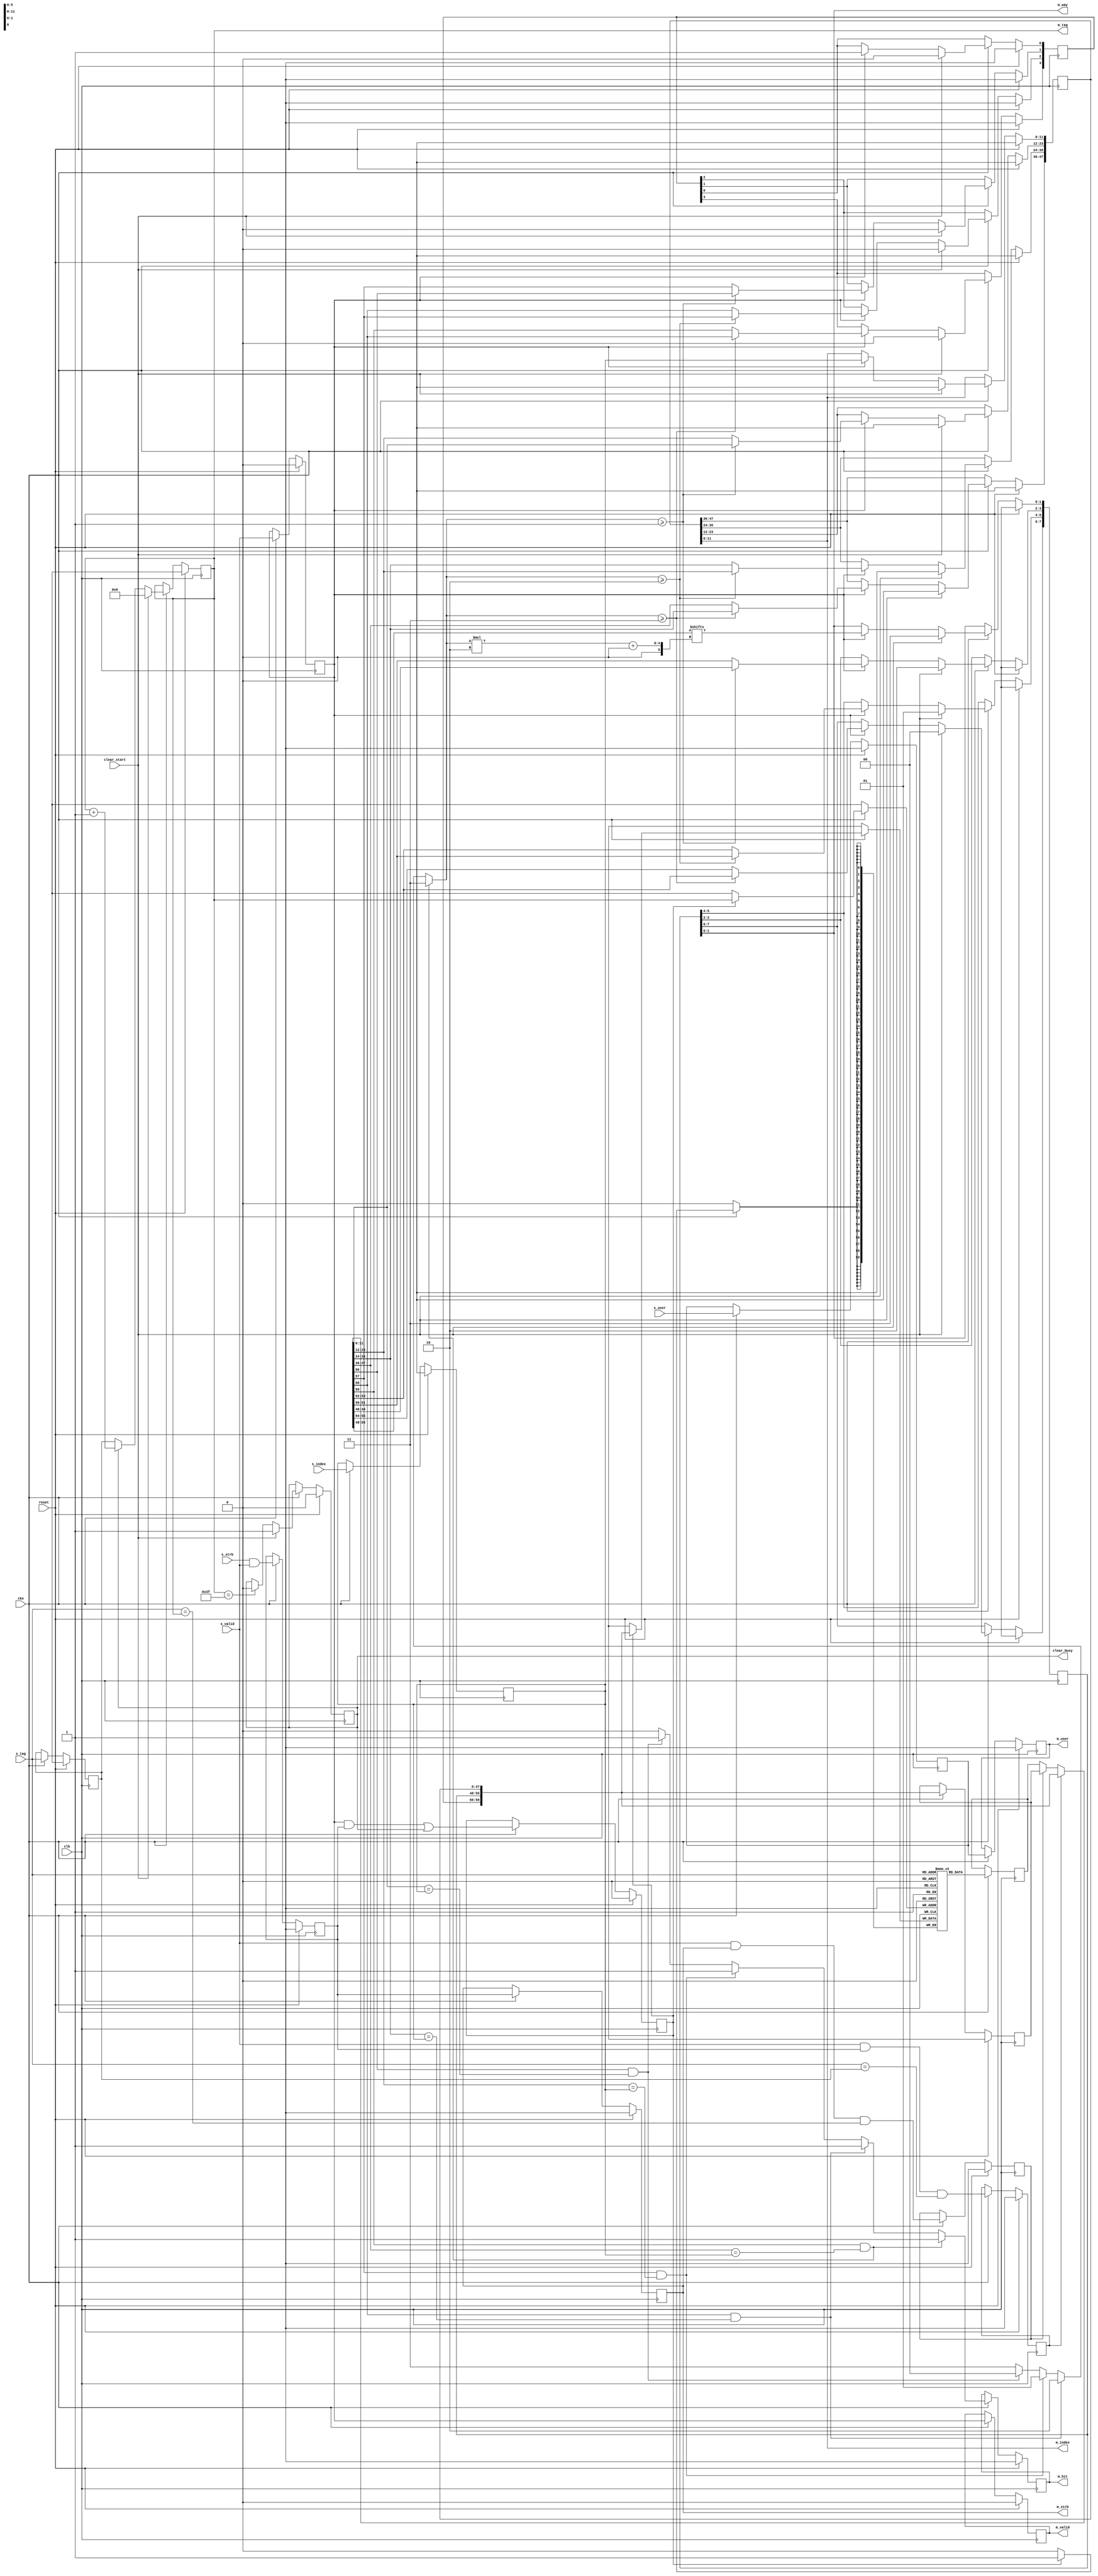
// ---------------------------------------------------------------------------
//  Jelly  -- The platform for real-time computing
//
//                                 Copyright (C) 2008-2018 by Ryuji Fuchikami
//                                 https://github.com/ryuz/jelly.git
// ---------------------------------------------------------------------------



`timescale 1ns / 1ps
`default_nettype none


// read only cache tag (set associative)
module jelly_cache_tag_set_associative
        #(
            parameter   USER_WIDTH  = 0,
            parameter   WAY_NUM     = 4,
            parameter   WAY_WIDTH   = WAY_NUM <=   2 ? 1 :
                                      WAY_NUM <=   4 ? 2 :
                                      WAY_NUM <=   8 ? 3 :
                                      WAY_NUM <=  16 ? 4 :
                                      WAY_NUM <=  32 ? 5 :
                                      WAY_NUM <=  64 ? 6 :
                                      WAY_NUM <= 128 ? 7 : 8,
            parameter   INDEX_WIDTH = 12,
            parameter   TAG_WIDTH   = 6,
            parameter   RAM_TYPE    = "distributed",
            
            // local
            parameter   USER_BITS   = USER_WIDTH > 0 ? USER_WIDTH : 1
        )
        (
            input   wire                            reset,
            input   wire                            clk,
            input   wire                            cke,
            
            input   wire                            clear_start,
            output  wire                            clear_busy,
            
            input   wire    [USER_BITS-1:0]         s_user,
            input   wire    [INDEX_WIDTH-1:0]       s_index,
            input   wire    [TAG_WIDTH-1:0]         s_tag,
            input   wire                            s_strb,
            input   wire                            s_valid,
            
            output  wire    [USER_BITS-1:0]         m_user,
            output  wire    [INDEX_WIDTH-1:0]       m_index,
            output  wire    [WAY_WIDTH-1:0]         m_way,
            output  wire    [TAG_WIDTH-1:0]         m_tag,
            output  wire                            m_hit,
            output  wire                            m_strb,
            output  wire                            m_valid
        );
    
    localparam  MEM_SIZE  = (1 << TAG_WIDTH);
    localparam  MEM_WIDTH = WAY_NUM * (1 + WAY_WIDTH + INDEX_WIDTH);
    
    genvar                          i;
    integer                         j;
    
    // initial data
    wire    [WAY_NUM*WAY_WIDTH-1:0] ini_way;
    generate
    for ( i = 0; i < WAY_NUM; i = i+1 ) begin : loop_ini_way
        assign ini_way[i*WAY_WIDTH +: WAY_WIDTH] = (WAY_NUM-1)-i;
    end
    endgenerate
    wire    [MEM_WIDTH-1:0]             ini_mem = {{WAY_NUM{1'b0}}, ini_way, {(WAY_NUM*INDEX_WIDTH){1'bx}}};
    

    // pipeline
    wire    [USER_BITS-1:0]             st0_user   = s_user;
    wire    [INDEX_WIDTH-1:0]           st0_index  = s_index;
    wire    [TAG_WIDTH-1:0]             st0_tag    = s_tag;
    wire                                st0_strb   = s_strb;
    wire                                st0_valid  = s_valid;
    
    reg                                 st1_fw_st2;
    reg                                 st1_fw_st3;
    reg     [USER_BITS-1:0]             st1_user;
    reg     [INDEX_WIDTH-1:0]           st1_index;
    reg     [TAG_WIDTH-1:0]             st1_tag;
    reg                                 st1_strb;
    reg                                 st1_valid;
    
    reg     [MEM_WIDTH-1:0]             st1_dout;
    reg     [MEM_WIDTH-1:0]             st1_rdata;
    wire    [WAY_NUM-1:0]               st1_cache_valid;
    wire    [WAY_NUM*WAY_WIDTH-1:0]     st1_cache_way;
    wire    [WAY_NUM*INDEX_WIDTH-1:0]   st1_cache_index;
    reg                                 st1_hit;
    reg     [WAY_WIDTH-1:0]             st1_pos;
    
    reg     [USER_BITS-1:0]             st2_user;
    reg                                 st2_we = 1'b0;
    reg     [WAY_NUM-1:0]               st2_cache_valid;
    reg     [WAY_NUM*WAY_WIDTH-1:0]     st2_cache_way;
    reg     [WAY_NUM*INDEX_WIDTH-1:0]   st2_cache_index;
    reg                                 st2_clear;
    reg     [TAG_WIDTH-1:0]             st2_tag;
    reg                                 st2_hit;
    reg                                 st2_strb;
    reg                                 st2_valid;
    
    wire    [MEM_WIDTH-1:0]             st2_data = {st2_cache_valid, st2_cache_way, st2_cache_index};
    
    reg     [MEM_WIDTH-1:0]             st3_data;
    
    
    // fowarding
    always @* begin
        st1_rdata = st1_dout;
        if ( st1_fw_st3 ) begin st1_rdata = st3_data; end
        if ( st1_fw_st2 ) begin st1_rdata = st2_data; end
    end
    
    assign  {st1_cache_valid, st1_cache_way, st1_cache_index} = st1_rdata;
    
    
    // hit test
    always @* begin
        st1_hit = 1'b0;
        st1_pos = WAY_NUM-1;
        for ( j = 0; j < WAY_NUM; j = j+1 ) begin
            if ( st1_cache_valid[j] && (st1_cache_index[j*INDEX_WIDTH +: INDEX_WIDTH] == st1_index) ) begin
                st1_hit = 1'b1;
                st1_pos = j;
            end
        end
    end
    
    
    // pipeline
    always @(posedge clk) begin
        if ( reset ) begin
            st1_fw_st2      <= 1'bx;
            st1_fw_st3      <= 1'bx;
            st1_user        <= {USER_BITS{1'bx}};
            st1_index       <= {INDEX_WIDTH{1'bx}};
            st1_tag         <= {TAG_WIDTH{1'bx}};
            st1_strb        <= 1'bx;
            st1_valid       <= 1'b0;
            
            st2_we          <= 1'b0;
            st2_cache_valid <= {WAY_NUM{1'bx}};
            st2_cache_way   <= {(WAY_NUM*WAY_WIDTH){1'bx}};
            st2_cache_index <= {(WAY_NUM*INDEX_WIDTH){1'bx}};
            st2_user        <= {USER_BITS{1'bx}};
            st2_clear       <= 1'b0;
            st2_tag         <= {TAG_WIDTH{1'bx}};
            st2_hit         <= 1'bx;
            st2_strb        <= 1'bx;
            st2_valid       <= 1'b0;
            
            st3_data        <= {MEM_WIDTH{1'bx}};
        end
        else if ( cke ) begin
            // stage 1
            st1_fw_st2    <= st0_valid && st1_strb && (st0_tag == st1_tag);
            st1_fw_st3    <= st0_valid && st2_strb && (st0_tag == st2_tag);
            st1_user      <= st0_user;
            st1_tag       <= st0_tag;
            st1_index     <= st0_index;
            st1_strb      <= st0_strb && st0_valid;
            st1_valid     <= st0_valid;
            
            
            // stage 2
            st2_user  <= st1_user;
            st2_tag   <= st1_tag;
            st2_hit   <= st1_hit;
            st2_strb  <= st1_strb;
            st2_valid <= st1_valid;
            
            st2_we    <= (st1_valid && st1_strb) || st2_clear;
            if ( st1_valid ) begin
                st2_cache_valid <= st1_cache_valid;
                st2_cache_index <= st1_cache_index;
                st2_cache_way   <= st1_cache_way;
                
                st2_cache_valid[0]                            <= 1'b1;
                st2_cache_index[0*INDEX_WIDTH +: INDEX_WIDTH] <= st1_index;
                st2_cache_way  [0*WAY_WIDTH   +: WAY_WIDTH]   <= st1_cache_way[st1_pos*WAY_WIDTH +: WAY_WIDTH];
                for ( j = 1; j < WAY_NUM; j = j+1 ) begin
                    if ( st1_pos >= j ) begin
                        st2_cache_valid[j]                            <= st1_cache_valid[(j-1)];
                        st2_cache_way  [j*WAY_WIDTH   +: WAY_WIDTH]   <= st1_cache_way  [(j-1)*WAY_WIDTH    +: WAY_WIDTH];
                        st2_cache_index[j*INDEX_WIDTH +: INDEX_WIDTH] <= st1_cache_index[(j-1)*INDEX_WIDTH +: INDEX_WIDTH];
                    end
                end
            end
            
            if ( st2_clear ) begin
                st2_tag <= st2_tag + 1'b1;
            end
            if ( st2_tag == {TAG_WIDTH{1'b1}} ) begin
                st2_clear <= 1'b0;
            end
            if ( clear_start ) begin
                st2_clear <= 1'b1;
                st2_tag   <= {TAG_WIDTH{1'b0}};
                for ( j = 0; j < WAY_NUM; j = j+1 ) begin
                    st2_cache_valid[j]                            <= 1'b0;
                    st2_cache_way  [j*WAY_WIDTH   +: WAY_WIDTH]   <= (WAY_NUM-1)-j;
                    st2_cache_index[j*INDEX_WIDTH +: INDEX_WIDTH] <= {INDEX_WIDTH{1'bx}};
                end
            end
            
            
            // stage 3
            st3_data  <= st2_data;
        end
    end
    
    assign  clear_busy = st2_clear;
    
    assign  m_user  = st2_user;
    assign  m_index = st2_cache_index[0*INDEX_WIDTH +: INDEX_WIDTH];
    assign  m_way   = st2_cache_way  [0*WAY_WIDTH   +: WAY_WIDTH];
    assign  m_tag   = st2_tag;
    assign  m_hit   = st2_hit;
    assign  m_strb  = st2_strb;
    assign  m_valid = st2_valid;
    
    
    
    // memory
    (* ram_style = RAM_TYPE *)
    reg     [MEM_WIDTH-1:0]         mem_data    [0:MEM_SIZE-1];
    reg     [MEM_WIDTH-1:0]         mem_dout;
    
    initial begin
        for ( j = 0; j < MEM_SIZE; j = j+1 ) begin
            mem_data[j] = ini_mem;
        end
    end
    
    always @(posedge clk) begin
        if ( cke ) begin
            st1_dout <= mem_data[st0_tag];
            if ( st2_we ) begin
                mem_data[st2_tag] <= {st2_cache_valid, st2_cache_way, st2_cache_index};
            end
        end
    end
    
    
endmodule


`default_nettype wire


// End of file